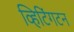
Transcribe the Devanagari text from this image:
व्हिटिंगटन